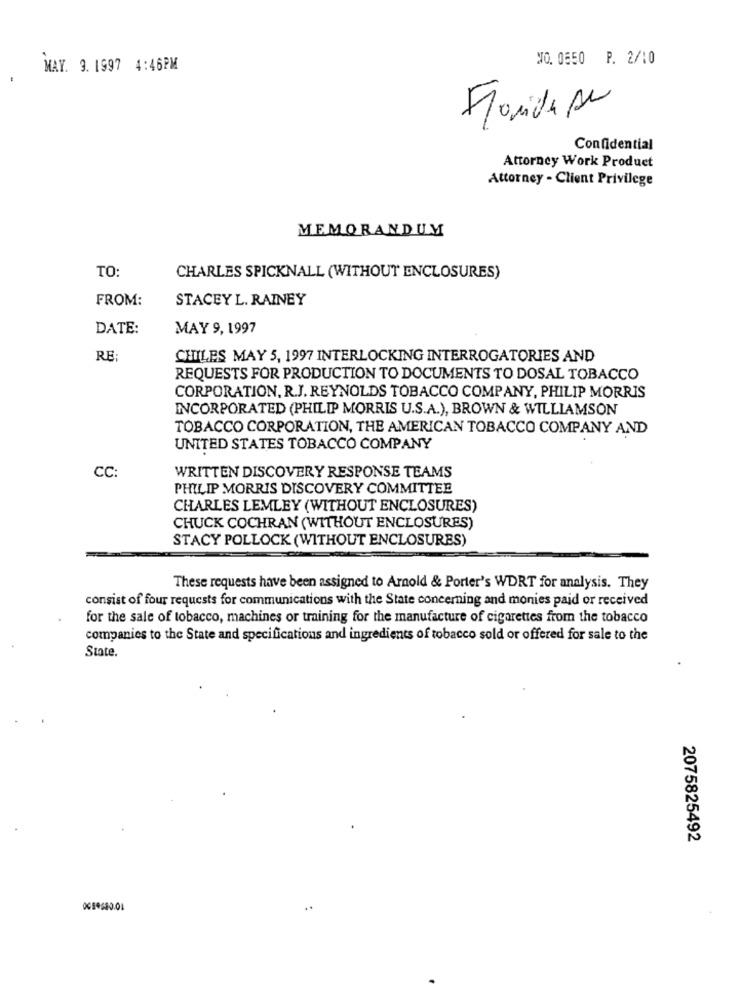
NO, 0650 P. 2/10
MAY. 9. 1997 4:46PM
Floridase
Confidential
Attorney Work Product
Attorney - Client Privilege
MEMORANDUM
TO:
CHARLES SPICKNALL (WITHOUT ENCLOSURES)
FROM:
STACEY L. RAINEY
DATE:
MAY 9, 1997
RE:
CHILES MAY 5, 1997 INTERLOCKING INTERROGATORIES AND
REQUESTS FOR PRODUCTION TO DOCUMENTS TO DOSAL TOBACCO
CORPORATION, R.J. REYNOLDS TOBACCO COMPANY, PHILIP MORRIS
INCORPORATED (PHILIP MORRIS U.S.A.), BROWN & WILLIAMSON
TOBACCO CORPORATION, THE AMERICAN TOBACCO COMPANY AND
UNITED STATES TOBACCO COMPANY
CC:
WRITTEN DISCOVERY RESPONSE TEAMS
PHILIP MORRIS DISCOVERY COMMITTEE
CHARLES LEMLEY (WITHOUT ENCLOSURES)
CHUCK COCHRAN (WITHOUT ENCLOSURES)
STACY POLLOCK (WITHOUT ENCLOSURES)
These requests have been assigned to Arnold & Porter's WDRT for analysis. They
consist of four requests for communications with the State concerning and monies paid or received
for the sale of tobacco, machines or training for the manufacture of cigarettes from the tobacco
companies to the State and specifications and ingredients of tobacco sold or offered for sale to the
State.
2075825492
..